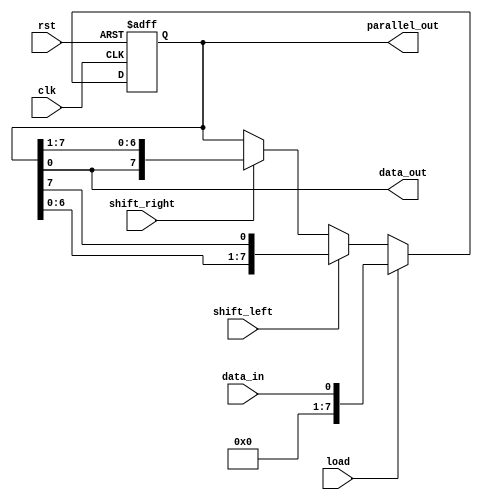
module shift_register (
    input wire clk,
    input wire rst,
    input wire shift_left,
    input wire shift_right,
    input wire load,
    input wire data_in,
    output reg data_out,
    output reg[7:0] parallel_out
);

reg [7:0] reg_data;

always @(posedge clk or posedge rst) begin
    if (rst) begin
        reg_data <= 8'b0;
    end else begin
        if (load) begin
            reg_data <= data_in;
        end else begin
            if (shift_left) begin
                reg_data <= {reg_data[6:0], reg_data[7]};
            end else if (shift_right) begin
                reg_data <= {reg_data[0], reg_data[7:1]};
            end
        end
    end
end

assign data_out = reg_data[0];
assign parallel_out = reg_data;

endmodule